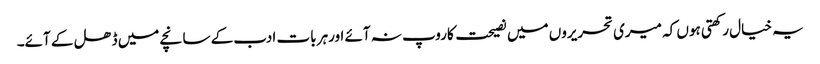
یہ خیال رکھتی ہوں کہ میری تحریروں میں نصیحت کاروپ نہ آئے اورہر بات ادب کے سانچے میں ڈھل کے آئے۔